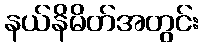
နယ်နိမိတ်အတွင်း